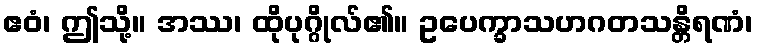
ဧဝံ၊ ဤသို့။ အဿ၊ ထိုပုဂ္ဂိုလ်၏။ ဥပေက္ခာသဟဂတသန္တိရဏံ၊